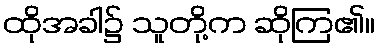
ထိုအခါ၌ သူတို့က ဆိုကြ၏။